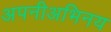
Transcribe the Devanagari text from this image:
अपनीअभिनय